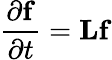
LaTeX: \frac{\partial\mathbf{f}}{\partial t}=\mathbf{L}\mathbf{f}